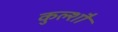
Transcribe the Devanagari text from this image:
कुल्शौ